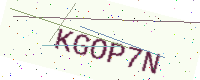
Text: KGOP7N